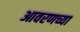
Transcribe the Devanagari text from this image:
आवरणच्या